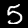
Digit: 5